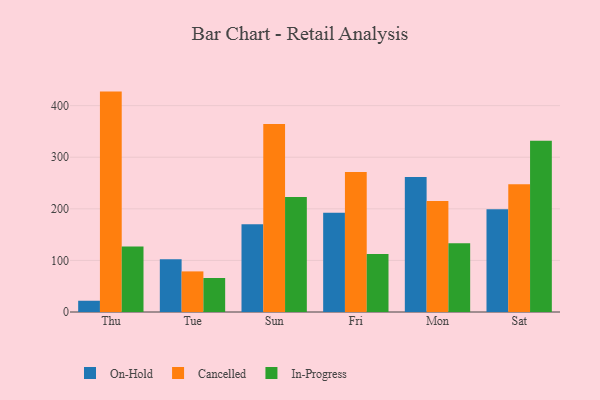
{"axis": {"x": "Day", "y": "Revenue (USD Million)"}, "legend": ["Cancelled", "In-Progress", "On-Hold"], "data": [{"x": "Thu", "y": 21.8, "type": "On-Hold"}, {"x": "Thu", "y": 427.2, "type": "Cancelled"}, {"x": "Thu", "y": 127.2, "type": "In-Progress"}, {"x": "Tue", "y": 102.2, "type": "On-Hold"}, {"x": "Tue", "y": 78.7, "type": "Cancelled"}, {"x": "Tue", "y": 65.9, "type": "In-Progress"}, {"x": "Sun", "y": 170.2, "type": "On-Hold"}, {"x": "Sun", "y": 364.6, "type": "Cancelled"}, {"x": "Sun", "y": 222.9, "type": "In-Progress"}, {"x": "Fri", "y": 192.4, "type": "On-Hold"}, {"x": "Fri", "y": 271.4, "type": "Cancelled"}, {"x": "Fri", "y": 112.5, "type": "In-Progress"}, {"x": "Mon", "y": 261.7, "type": "On-Hold"}, {"x": "Mon", "y": 215.0, "type": "Cancelled"}, {"x": "Mon", "y": 133.4, "type": "In-Progress"}, {"x": "Sat", "y": 199.4, "type": "On-Hold"}, {"x": "Sat", "y": 247.8, "type": "Cancelled"}, {"x": "Sat", "y": 331.7, "type": "In-Progress"}]}